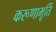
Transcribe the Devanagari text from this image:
करूणामूर्ति